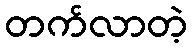
တက်လာတဲ့